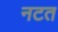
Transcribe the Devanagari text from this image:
नटत